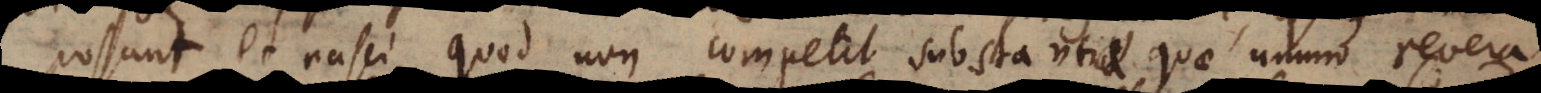
possunt et nasci, quod non competit substantiae quae unum revera